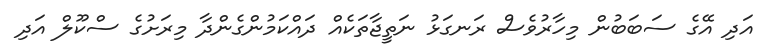
އަދި އޭގެ ސަބަބުން މިހާރުވެސް ރަނގަޅު ނަތީޖާތަކެއް ދައްކަމުންގެންދާ މިރަށުގެ ސްކޫލް އަދި